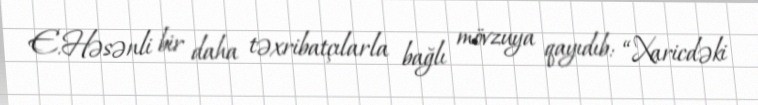
E.Həsənli bir daha təxribatçılarla bağlı mövzuya qayıdıb: “Xaricdəki